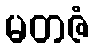
မတဇံ